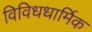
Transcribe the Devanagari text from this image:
विविधधार्मिक